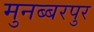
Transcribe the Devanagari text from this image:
मुनब्बरपुर